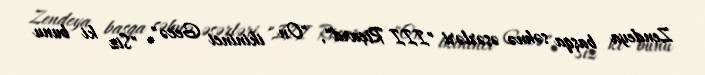
Zendeya başqa səhnə əsərləri "III Riçard", "On ikininci Gecə", "Siz ki bunu